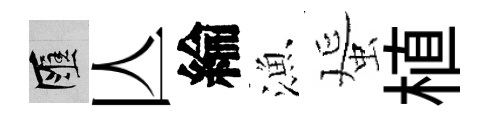
匯亾綸漁蜑植